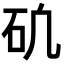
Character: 𥐥